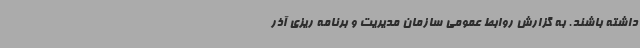
داشته باشند. به گزارش روابط عمومی سازمان مدیریت و برنامه ریزی آذر